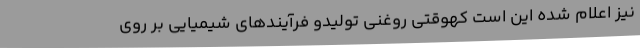
نیز اعلام شده این است کهوقتی روغنی تولیدو فرآیندهای شیمیایی بر روی